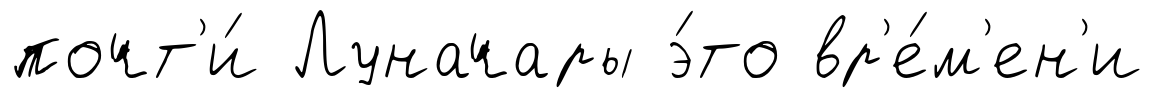
почт'и́ Луначары э́то вр'е́м'ен'и